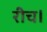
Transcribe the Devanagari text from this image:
रीच।